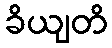
ခိယျတိ